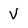
Character: V